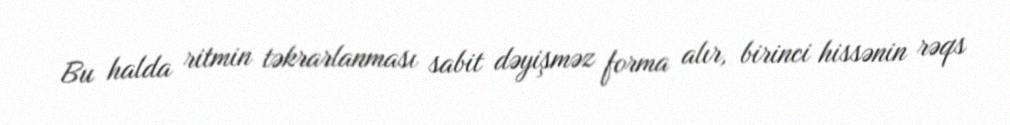
Bu halda ritmin təkrarlanması sabit dəyişməz forma alır, birinci hissənin rəqs